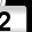
Digit: 2